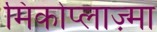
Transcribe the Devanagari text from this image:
मिकोप्लाज़्मा